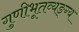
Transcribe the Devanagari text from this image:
गुणीभूतव्यङ्ग्य